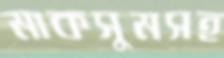
মাকসুমসহ